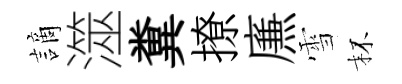
謫澨糞撩㢘雪杯